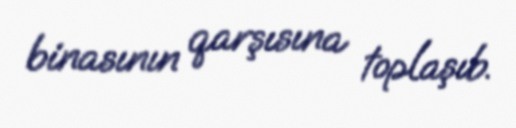
binasının qarşısına toplaşıb.